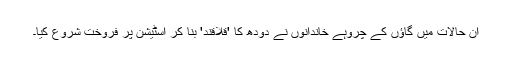
ان حالات میں گاؤں کے چروہے خاندانوں نے دودھ کا 'قلاقند' بنا کر اسٹیشن پر فروخت شروع کیا۔